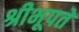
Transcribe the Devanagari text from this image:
श्रीभूपते